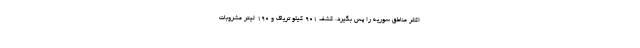
اکثر مناطق سوریه را پس بگیرد. کشف 901 کیلو تریاک و 190 لیتر مشروبات